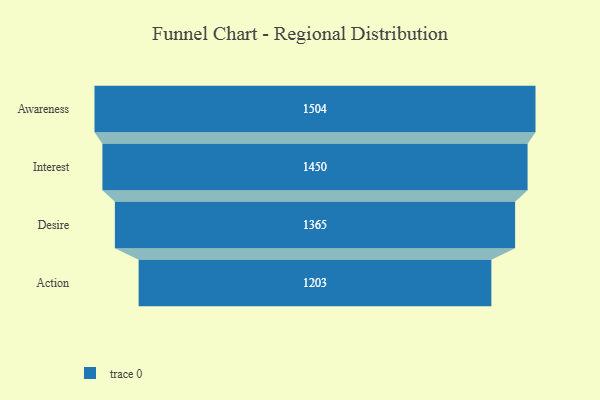
{"axis": {"x": "Stage", "y": "Value"}, "legend": [""], "data": [{"x": "Awareness", "y": 1504.0, "type": ""}, {"x": "Interest", "y": 1450.0, "type": ""}, {"x": "Desire", "y": 1365.0, "type": ""}, {"x": "Action", "y": 1203.0, "type": ""}]}